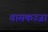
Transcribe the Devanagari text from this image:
वासकज्जा